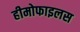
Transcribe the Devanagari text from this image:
हीमोफाइलस